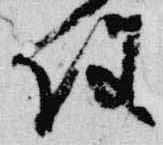
使